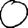
Digit: 0